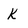
Character: k